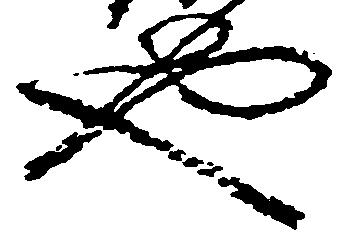
也